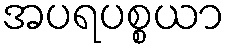
အပရပစ္စယာ